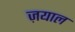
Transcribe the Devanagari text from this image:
ज़याल